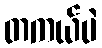
တကယ်ပဲ